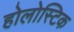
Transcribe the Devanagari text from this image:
होलोस्टिक